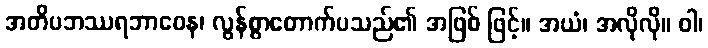
အတိပဘဿရဘာဝေန၊ လွန်စွာတောက်ပသည်၏ အဖြစ် ဖြင့်။ အယံ၊ အလိုလို။ ဝါ၊